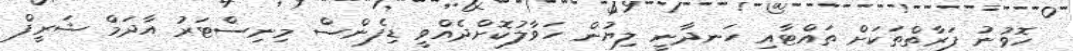
ހޮވުނު ފަރާތްތަކަށް ތައްޓާއި ހަނދާނީ ލިޔުން ހަވާލުކޮށްދެއްވީ ޑިފެންސް މިނިސްޓަރު އާދަމް ޝަރީފް